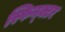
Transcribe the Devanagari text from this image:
स्फिन्क्टर